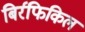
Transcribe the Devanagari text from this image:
बिर्रफिकिल